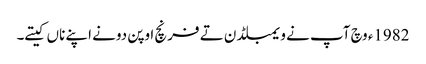
1982ء وچ آپ نے ویمبلڈن تے فرنچ اوپن دونے اپنے ناں کیتے۔